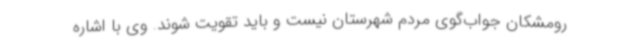
رومشکان جواب‌گوی مردم شهرستان نیست و باید تقویت شوند. وی با اشاره